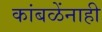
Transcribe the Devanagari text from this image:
कांबळेंनाही